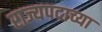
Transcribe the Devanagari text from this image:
राज्यपदाच्या